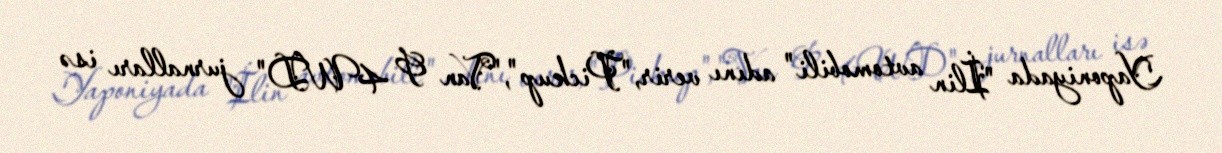
Yaponiyada "İlin avtomobili" adını verir,"Pickup","Van & 4WD" jurnalları isə